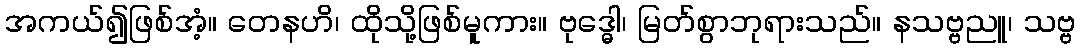
အကယ်၍ဖြစ်အံ့။ တေနဟိ၊ ထိုသို့ဖြစ်မူကား။ ဗုဒ္ဓေါ၊ မြတ်စွာဘုရားသည်။ နသဗ္ဗညူ၊ သဗ္ဗ